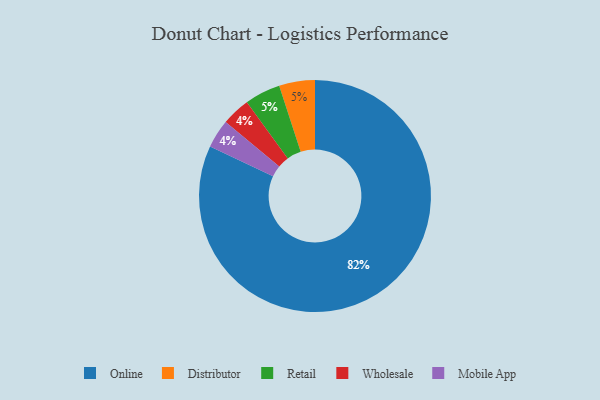
{"axis": {"x": "Category", "y": "Percentage"}, "legend": ["Distributor", "Mobile App", "Online", "Retail", "Wholesale"], "data": [{"x": "Wholesale", "y": 4, "type": "Wholesale"}, {"x": "Distributor", "y": 5, "type": "Distributor"}, {"x": "Mobile App", "y": 4, "type": "Mobile App"}, {"x": "Retail", "y": 5, "type": "Retail"}, {"x": "Online", "y": 82, "type": "Online"}]}